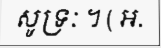
សូទ្រៈ ។ ( អ.